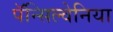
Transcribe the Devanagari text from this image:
पॅन्सिल्वेनिया